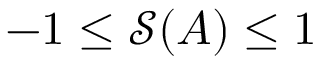
- 1 \leq \mathcal { S } ( A ) \leq 1